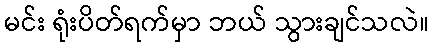
မင်း ရုံးပိတ်ရက်မှာ ဘယ် သွားချင်သလဲ။